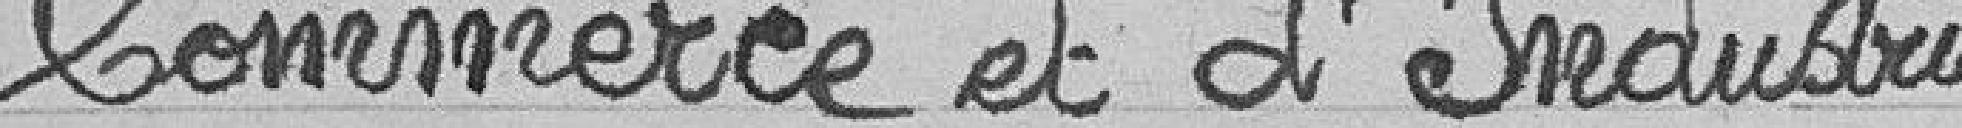
Commerce et d'Industrie